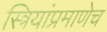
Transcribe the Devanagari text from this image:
स्त्रियांप्रमाणेच